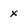
Character: x